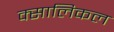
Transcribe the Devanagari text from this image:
क्सालिकल